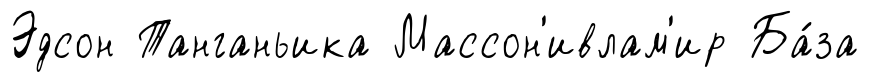
Эдсон Танганьика Массон'ивлам'ир Ба́за